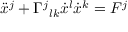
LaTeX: { \ddot { x } } ^ { j } + \Gamma ^ { j } { } _ { l k } { \dot { x } } ^ { l } { \dot { x } } ^ { k } = F ^ { j }